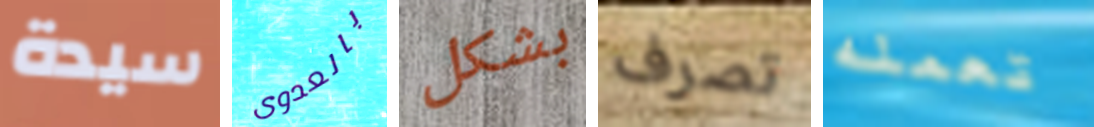
سيدة بالعدوى بشكل تصرف تعمله